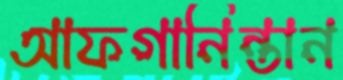
আফগানিন্তান